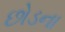
છોડના